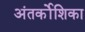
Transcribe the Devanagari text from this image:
अंतर्कोशिका